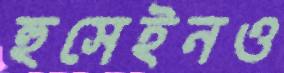
হুসেইনও